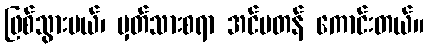
ဖြစ်သွားမယ်၊ မှတ်သားစရာ အင်မတန် ကောင်းတယ်။